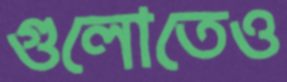
গুলোতেও